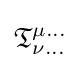
{\mathfrak {T}}_{\nu \dots }^{\mu \dots }